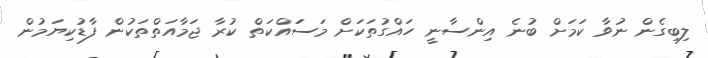
ލިބިގެން ނުވާ ކަމަށް ބުނެ އިންސާނީ ހައްގުތަކަށް މަސަައްކަތް ކުރާ ޖަމާއަތްތަކުން ފާޑުކިޔަމުން